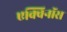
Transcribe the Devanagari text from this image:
एक्विनॉस